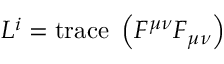
{ \cal { L } } ^ { \uppercase \expandafter { \romannumeral 1 } } = \mathrm { { t r a c e \ } } \left( F ^ { \mu \nu } F _ { \mu \nu } \right)